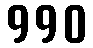
990